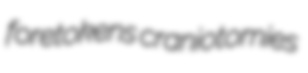
foretokens craniotomies